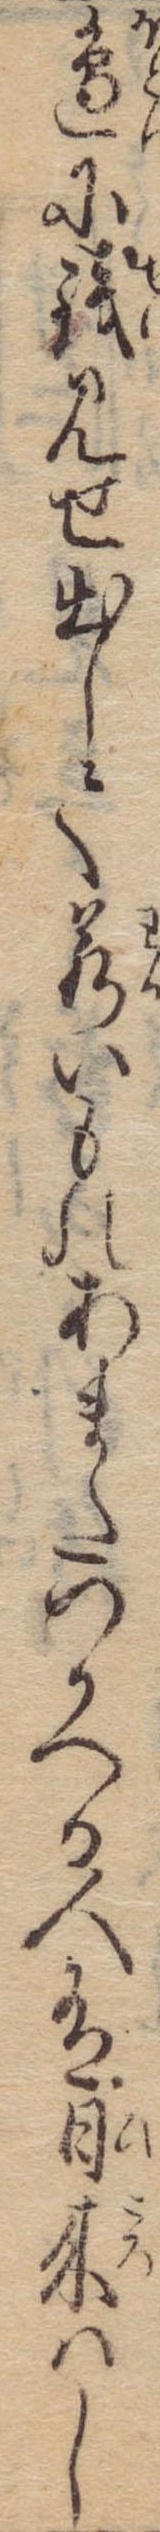
辺に銭見せ出して若いものあまたつかへる人有日来はし